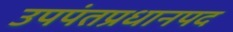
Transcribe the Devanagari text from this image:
उपपंतप्रधानपद